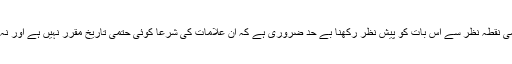
علامات قیامت سے متعلق اسلامی نقطہ نظر سے اس بات کو پیش نظر رکھنا بے حد ضروری ہے کہ ان علامات کی شرعاً کوئی حتمی تاریخ مقرر نہیں ہے اور نہ ہی تاریخ کی تعیین مناسب ہے۔